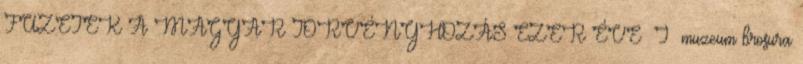
FÜZETEK A MAGYAR TÖRVÉNYHOZÁS EZER ÉVE I muzeum brosura